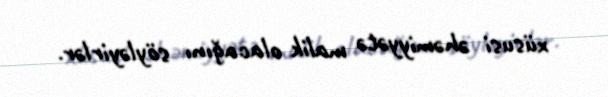
xüsusi əhəmiyyətə malik olacağını söyləyirlər.